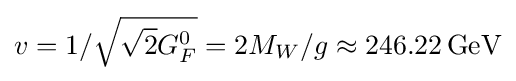
v=1/{\sqrt {{\sqrt {2}}G_{F}^{0}}}=2M_{W}/g\approx 246.22\,{\rm {GeV}}